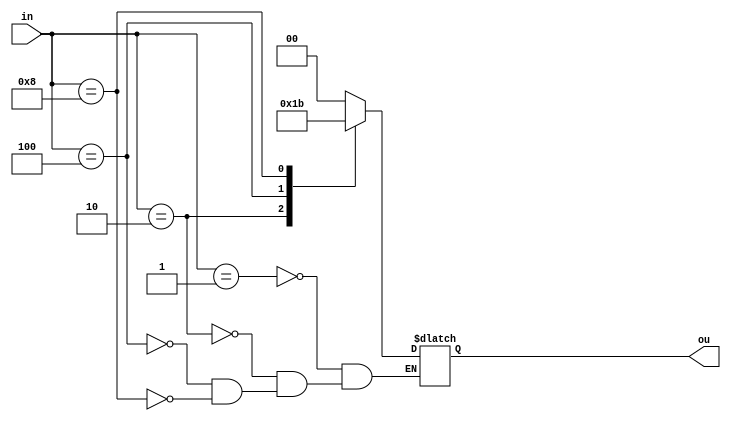
// This program was cloned from: https://github.com/paollacq/Verilog
// License: MIT License

module enc(in,ou);
    input [3:0] in;
    output [1:0] ou;
    reg [1:0] ou;

    always@(*)
    begin
    case(in)
        4'b0001:
            ou = 2'b00;

	    4'b0010:
            ou = 2'b01;

        4'b0100:
            ou = 2'b10;

        4'b1000:
            ou = 2'b11;
    endcase
    end 
endmodule

module test;
    reg [3:0] inline;
    wire [1:0] oline;
    enc e(inline,oline);

    initial
    begin
    $display("input and output show");
    $monitor("%b,%b,%b,%b,%b,%b",inline[3],inline[2],inline[1],inline[0],oline[1],oline[0]);
    $dumpfile("vcd/Encoder.vcd");
    $dumpvars(1,test);

        inline=4'b0001;
        #10
        inline=4'b0010;
        #10
        inline = 4'b0100;
        #10
        inline = 4'b1000;
        #10

    $finish;
    end 
endmodule